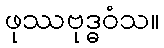
ဖုဿဗုဒ္ဓဝံသ။